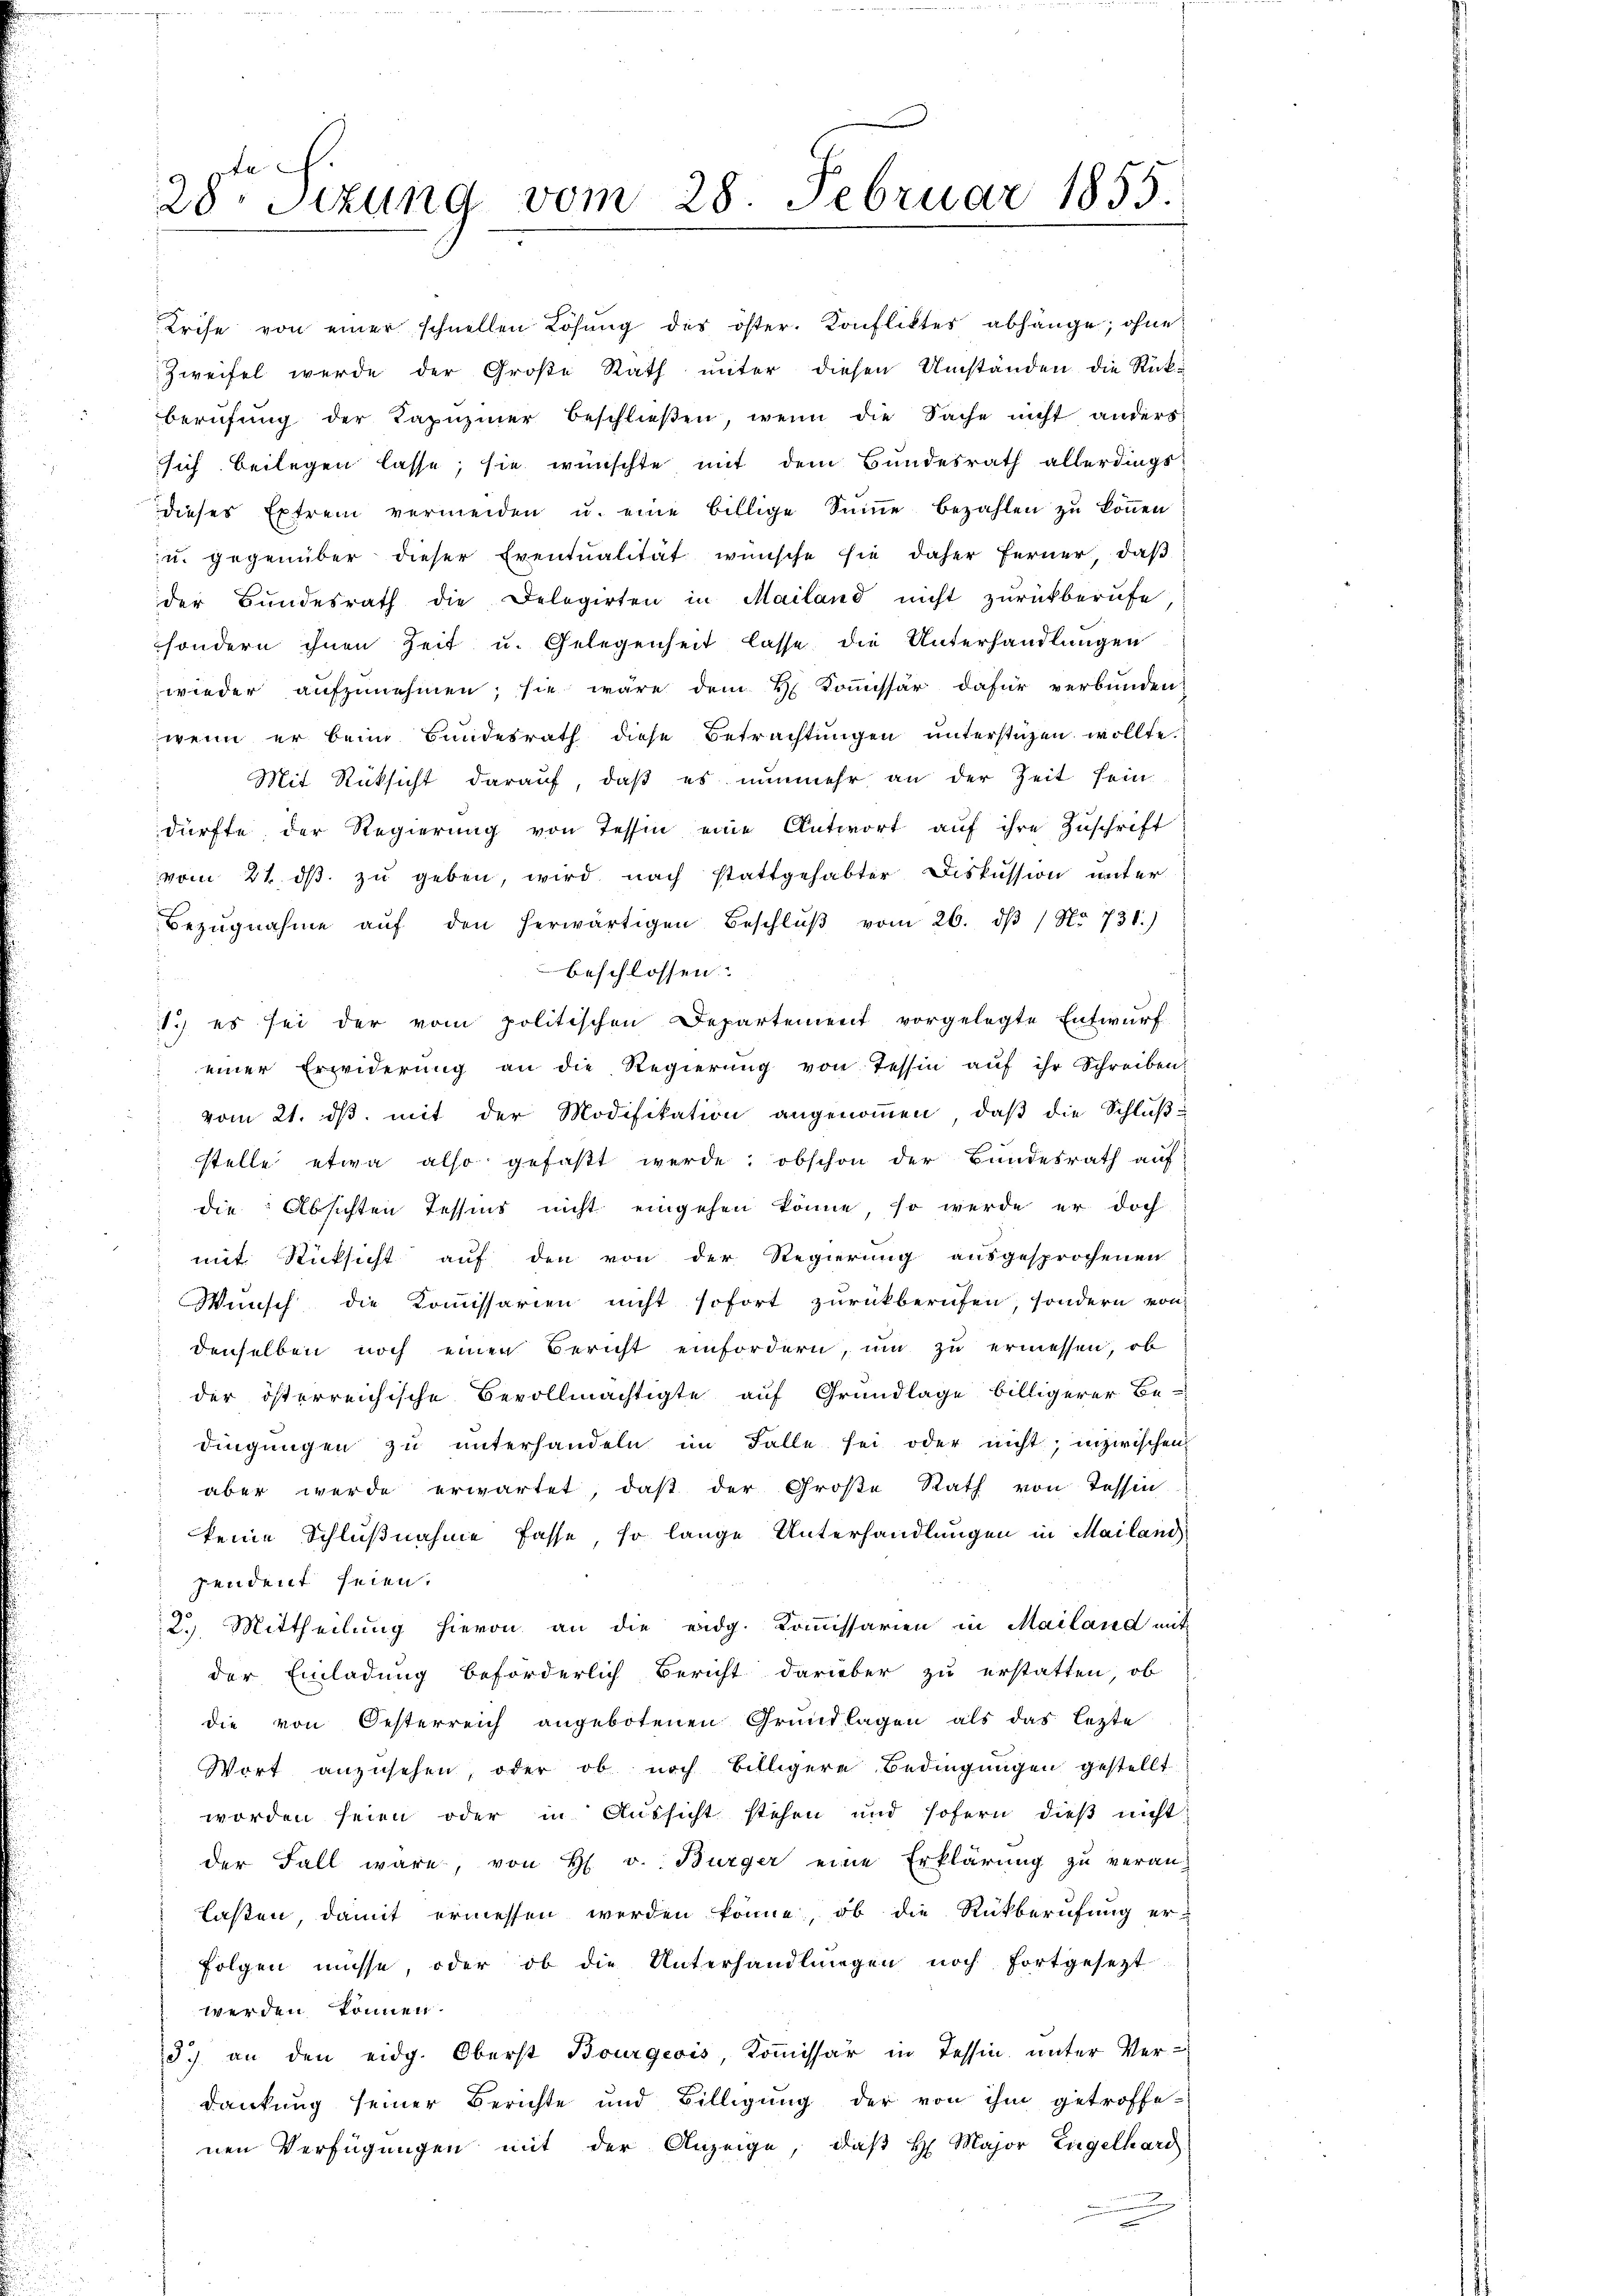
28. Sizung vom 28. Februar 1855.

Krise von einer schnellen Lösung des öster. Konfliktes abhänge, ohne
Zweifel werde der Große Rath unter diesen Umständen die Rück-
berufung der Tapŭziner beschlieβen, wenn die Sache nicht anders

sich beilegen lasse, sie wünschte mit dem Bundesrath allerdings
dieses Extrem vermeiden u. eine billige Summe bezahlen zŭ köṅen
u. gegenüber dieser Eventualität wünsche sie daher ferner, daβ
der Bundesrath die Delegirten in Mailand nicht zŭrückberufe
sondern ihnen Zeit u. Gelegenheit lasse die Unterhandlungen
wieder aufzunehmen; sie wäre dem H. Koṁissär dafür verbunden
wenn er beim Bundesrath diese Betrachtungen unterstüzen wollte.
Mit Rücksicht darauf, daß es nunmehr an der Zeit sein.
dürfte der Regierŭng von Tessin eine Antwort auf ihre Zuschrift
vom 21. dβ zŭ geben, wird nach stattgehabter Diskussion unter
Bezŭgnahme aŭf den herwärtigen Beschlŭβ vom 26. dβ / No 731.)
beschlossen:
i
1) es sei der vom politischen Departement vorgelegte Entwurf
einer Erwiderŭng an die Regierŭng von Tessin aŭf ihr Schreiben:
vom 21. ds. mit der Modifikation angenommen, daß die Schluß-
stelle etwa also gefaßt werde; obschon der Bundesrath auf
die Absichten Tessins nicht eingehen könne, so werde er doch
mit Rücksicht auf den von der Regierung ausgesprochenen
Wunsch die Kommissarien nicht sofort zurückberufen, sondern von
denselben noch einen Bericht einfordern, um zu ermessen, ob
der österreichische Bevollmächtigte auf Grundlage billigerer Be-
dingŭngen zŭ ŭnterhandeln im Falle sei oder nicht; inzwischen
aber werde erwartet, daß der Große Rath von Tessin.
keine Schlußnahme fasse, so lange Unterhandlungen in Mailand
pendent seien.
2. Mittheilung hievon an die eidg. Kommissarien in Mailand mit
der Einladung beförderlich Bericht darüber zu erstatten, ob
die von Oesterreich angebotenen Grundlagen als das lezte
Wort anzusehen, oder ob noch billigere Bedingungen gestellt
worden seien oder in Aussicht stehen und sofern dieβ nicht
der Fall wäre, von H. v. Bürger eine Erklärung zu veran-
lasten, damit ermessen werden könne, ob die Rückberufung er
folgen müsse, oder ob die Unterhandlungen noch fortgesetzt
werden können.
3.) an den eidg. Oberst Bourgeois, Kommissär in Tessin, unter Verdankung seiner Berichte und Billigung der von ihm getroffe-
nen Verfügungen mit der Anzeige, daβ H. Major Engelhard